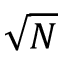
\sqrt { N }